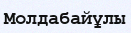
Молдабайұлы